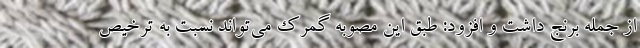
از جمله برنج داشت و افزود: طبق این مصوبه گمرک می‌تواند نسبت به ترخیص